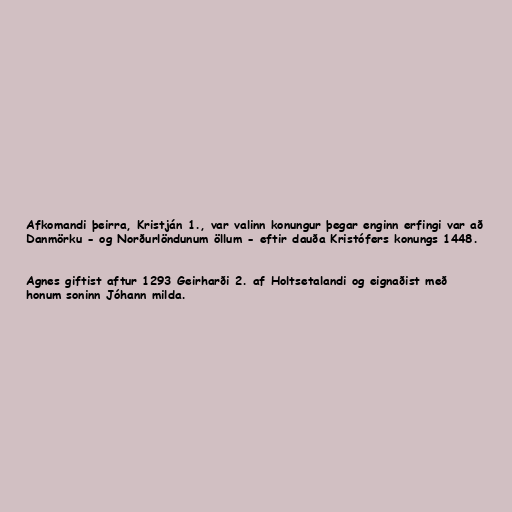
Afkomandi þeirra, Kristján 1., var valinn konungur þegar enginn erfingi var að
Danmörku - og Norðurlöndunum öllum - eftir dauða Kristófers konungs 1448.

Agnes giftist aftur 1293 Geirharði 2. af Holtsetalandi og eignaðist með
honum soninn Jóhann milda.